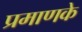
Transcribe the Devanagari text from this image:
प्रमाणके